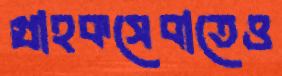
গ্রাহকসেবাতেও